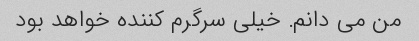
من می دانم. خیلی سرگرم کننده خواهد بود